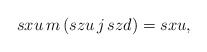
\begin{align*}sxu \, m \, (szu \, j \, szd) = sxu,\end{align*}